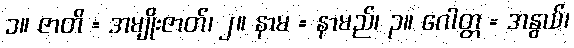
၁။ ဇာတိ = အမျိုးဇာတ်၊ ၂။ နာမ = နာမည်၊ ၃။ ဂေါတ္တ = အနွယ်၊